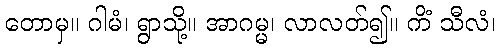
တောမှ။ ဂါမံ၊ ရွာသို့။ အာဂမ္မ၊ လာလတ်၍။ ကိံ သီလံ၊